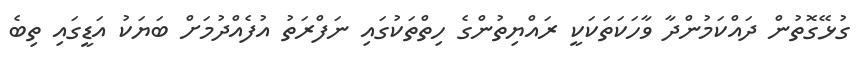
ގުޅޭގޮތުން ދައްކަމުންދާ ވާހަކަތަކަކީ ރައްޔިތުންގެ ހިތްތަކުގައި ނަފްރަތު އުފެއްދުމަށް ބަޔަކު އަޑީގައި ތިބެ